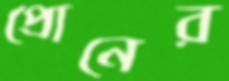
প্রোনের